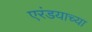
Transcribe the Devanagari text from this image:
एरंडयाच्या